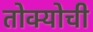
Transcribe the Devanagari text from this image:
तोक्योची